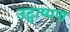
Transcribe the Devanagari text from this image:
उद्वाष्पण